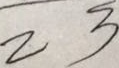
2 3